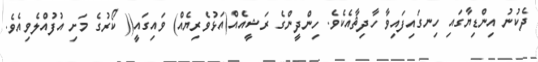
ދެކުނު އިންޑިޔާގައި ހިނގައިފައިވާ ހާދިޘާއެކެވެ. ހިންދީންގެ ރަޝީއެއް(އަޅުވެރިޔެއް) ވައިގައީ(( ކޯރުގެ މަށި އުފުއްލެވިއެވެ.